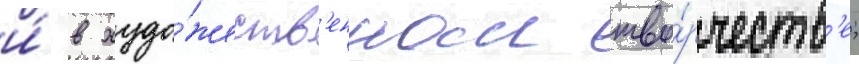
и́ в худо́жеств'енном тво́рчеств'е;